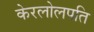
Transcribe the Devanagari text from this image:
केरलोलपति